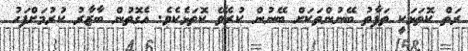
ރަތް ކޮތަޅަކީ ތަފާތު ބޭނުންތަކަށް ބޭނުން ކުރެވޭ ކޮތަޅެކެވެ. އެގޮތުން ބާޒާރު ކުރުމަށްފަހު